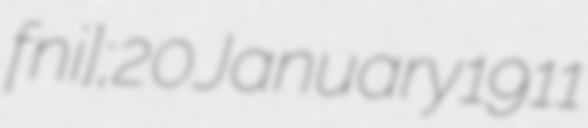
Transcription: ˈfɔːni]; 20 January 1911